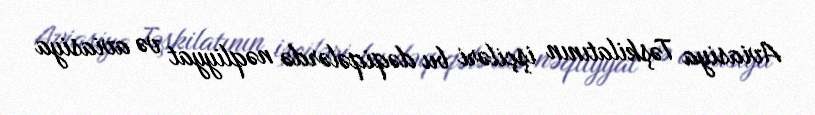
Aviasiya Təşkilatının işçiləri bu dəqiqələrdə nəqliyyat və aviasiya